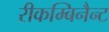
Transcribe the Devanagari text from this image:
रीकम्बिनैन्ट